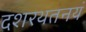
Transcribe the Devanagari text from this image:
दशरथतनयं